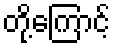
တို့ကြောင့်